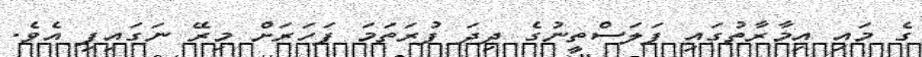
ގެ މައި އިމާރާތުގައި ފަަލަސްތީނުގެ ދިދަ ފުރަތަަމަ ފަހަރަށް މިރޭ ނަގައިފި އެވެ.